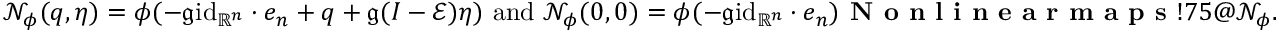
\mathcal { N } _ { \phi } ( q , \eta ) = \phi ( - \mathfrak { g } \mathrm { i d } _ { \mathbb { R } ^ { n } } \cdot e _ { n } + q + \mathfrak { g } ( I - \mathcal { E } ) \eta ) \mathrm { ~ a n d ~ } \mathcal { N } _ { \phi } ( 0 , 0 ) = \phi ( - \mathfrak { g } \mathrm { i d } _ { \mathbb { R } ^ { n } } \cdot e _ { n } ) \index { \textbf { N o n l i n e a r m a p s } ! 7 5 @ \mathcal { N } _ { \phi } } .